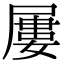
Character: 屢